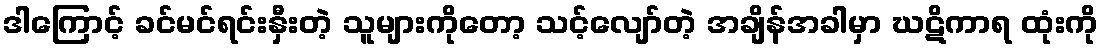
ဒါကြောင့် ခင်မင်ရင်းနှီးတဲ့ သူများကိုတော့ သင့်လျော်တဲ့ အချိန်အခါမှာ ဃဋိကာရ ထုံးကို